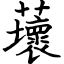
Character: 蘾